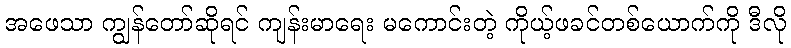
အဖေသာ ကျွန်တော်ဆိုရင် ကျန်းမာရေး မကောင်းတဲ့ ကိုယ့်ဖခင်တစ်ယောက်ကို ဒီလို